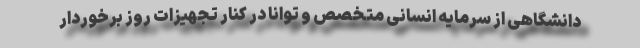
دانشگاهی از سرمایه انسانی متخصص و توانا در کنار تجهیزات روز برخوردار